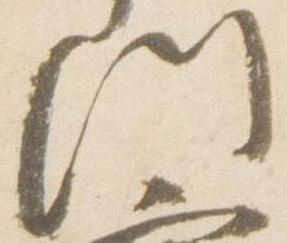
門